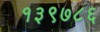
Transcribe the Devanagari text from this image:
१३९७८६